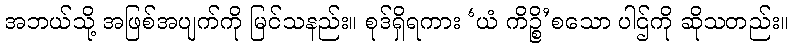
အဘယ်သို့ အဖြစ်အပျက်ကို မြင်သနည်း။ စုဒ်ရှိရကား ‘ယံ ကိဉ္စိ’စသော ပါဌ်ကို ဆိုသတည်း။